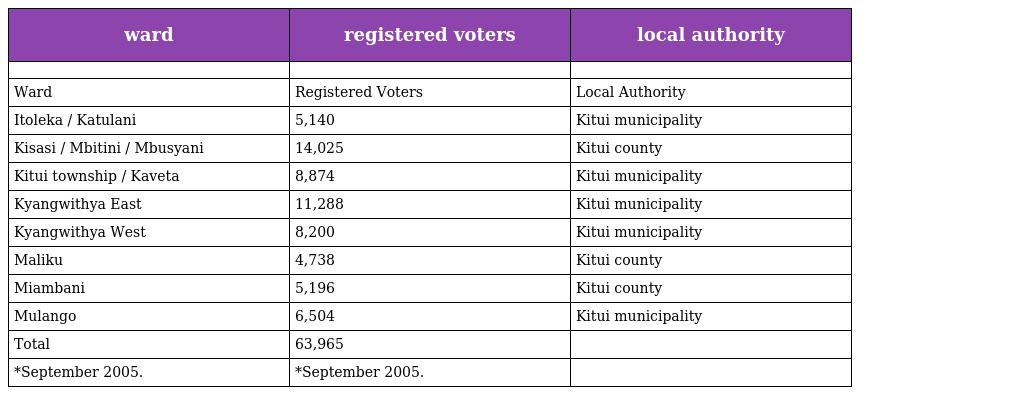
| ward | registered voters | local authority |
 | --- | --- | --- |
 |  |  |  |
 | Ward | Registered Voters | Local Authority |
 | Itoleka / Katulani | 5,140 | Kitui municipality |
 | Kisasi / Mbitini / Mbusyani | 14,025 | Kitui county |
 | Kitui township / Kaveta | 8,874 | Kitui municipality |
 | Kyangwithya East | 11,288 | Kitui municipality |
 | Kyangwithya West | 8,200 | Kitui municipality |
 | Maliku | 4,738 | Kitui county |
 | Miambani | 5,196 | Kitui county |
 | Mulango | 6,504 | Kitui municipality |
 | Total | 63,965 |  |
 | *September 2005. | *September 2005. |  |